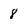
Character: 8